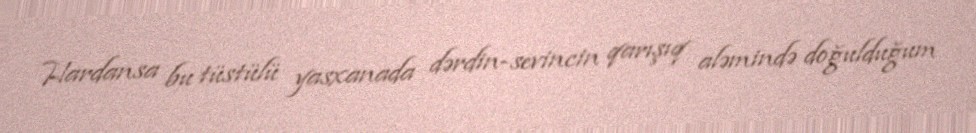
Hardansa bu tüstülü yasxanada dərdin-sevincin qarışıq aləmində doğulduğum